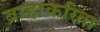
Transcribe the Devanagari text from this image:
ब्रम्हाकरिता